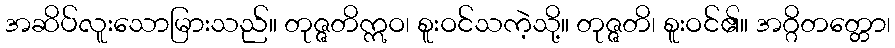
အဆိပ်လူးသောမြားသည်။ တုဇ္ဇတိဣဝ၊ စူးဝင်သကဲ့သို့။ တုဇ္ဇတိ၊ စူးဝင်၏။ အဂ္ဂိတတ္တော၊